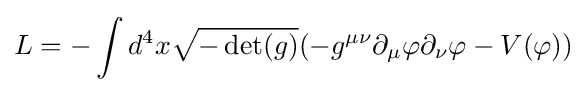
L=-\int d^{4}x{\sqrt {-\det(g)}}(-g^{\mu \nu }\partial _{\mu }\varphi \partial _{\nu }\varphi -V(\varphi ))